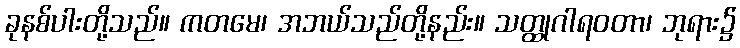
ခုနစ်ပါးတို့သည်။ ကတမေ၊ အဘယ်သည်တို့နည်း။ သတ္ထုဂါရဝတာ၊ ဘုရား၌